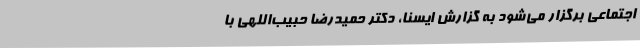
اجتماعی برگزار می‌شود به گزارش ایسنا،‌ دکتر حمیدرضا حبیب‌اللهی با